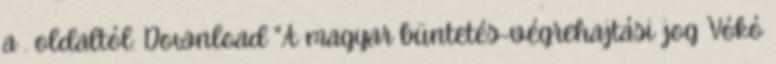
a . oldaltól: Download "A magyar büntetés-végrehajtási jog Vókó